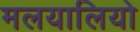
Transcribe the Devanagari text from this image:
मलयालियो